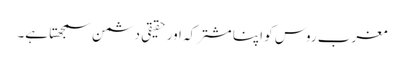
مغرب روس کو اپنا مشترکہ اور حقیقی دشمن سمجھتا ہے۔